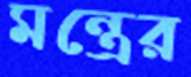
মন্ত্রের